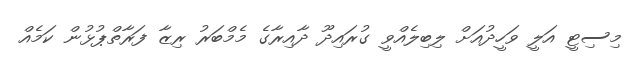
މިސިޓީ އަލީ ވަހީދުއަށް ލިބިލެއްވީ ގުރައިދޫ ދާއިރާގެ މެމްބަރު ރިޒާ ފަރާތްޕުޅުން ކަމެއް